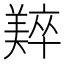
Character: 𬙼